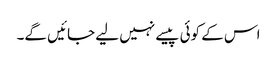
اس کے کوئی پیسے نہیں لیے جائیں گے۔